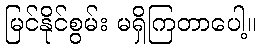
မြင်နိုင်စွမ်း မရှိကြတာပေါ့။